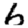
Digit: 6